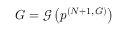
G = \mathcal { G } \left( \boldsymbol { p } ^ { ( N + 1 , G ) } \right)